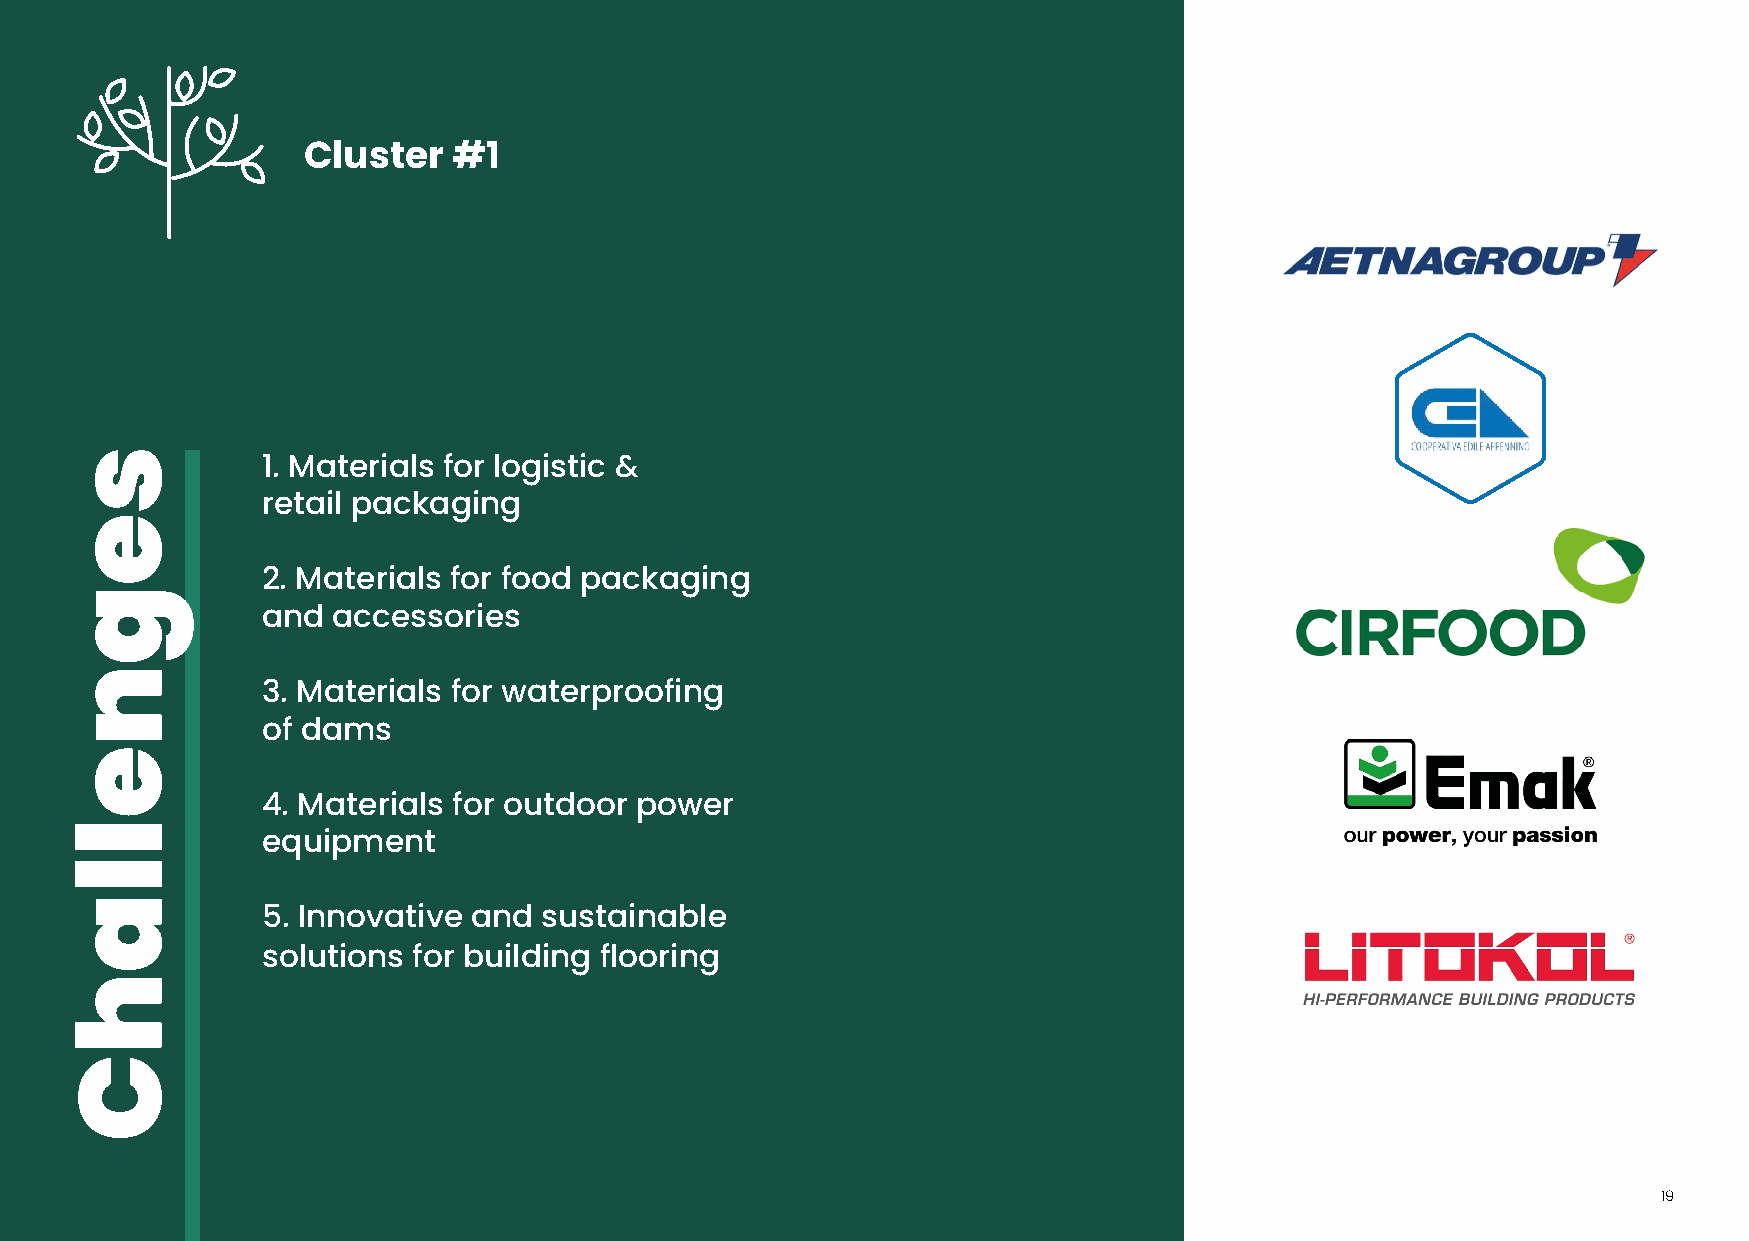
Cluster   #1
 1. Materials for logistic &
 retail packaging
 2. Materials for food packaging
 and  accessories
 3. Materials for waterproofing
 of dams
 4. Materials for outdoor power
 equipment
 5. Innovative and  sustainable
 solutions for building flooring
 19
 segnellahC